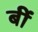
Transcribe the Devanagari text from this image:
बीं